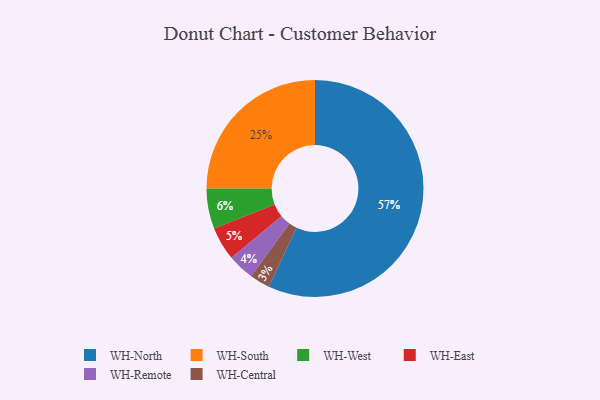
{"axis": {"x": "Category", "y": "Percentage"}, "legend": ["WH-Central", "WH-East", "WH-North", "WH-Remote", "WH-South", "WH-West"], "data": [{"x": "WH-Remote", "y": 4, "type": "WH-Remote"}, {"x": "WH-South", "y": 25, "type": "WH-South"}, {"x": "WH-North", "y": 57, "type": "WH-North"}, {"x": "WH-Central", "y": 3, "type": "WH-Central"}, {"x": "WH-East", "y": 5, "type": "WH-East"}, {"x": "WH-West", "y": 6, "type": "WH-West"}]}